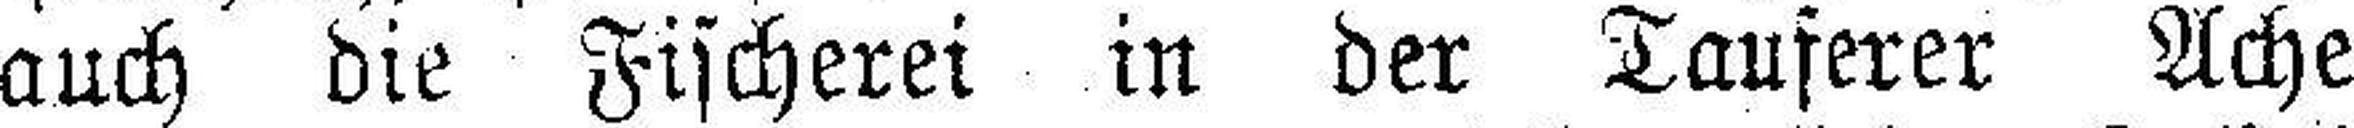
auch die Fischerei in der Tauferer Ache